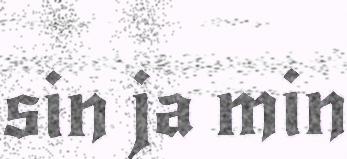
sin ja min